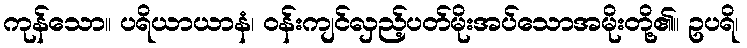
ကုန်သော။ ပရိယာယာနံ၊ ဝန်းကျင်လှည့်ပတ်မိုးအပ်သောအမိုးတို့၏။ ဥပရိ၊